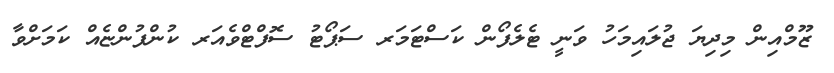
ޒޫމްއިން މިދިޔަ ޖުލައިމަހު ވަނީ ޓެލެފޯން ކަސްޓަމަރ ސަޕޯޓު ސޮފްޓްވެއަރ ކުންފުންޏެއް ކަމަށްވާ